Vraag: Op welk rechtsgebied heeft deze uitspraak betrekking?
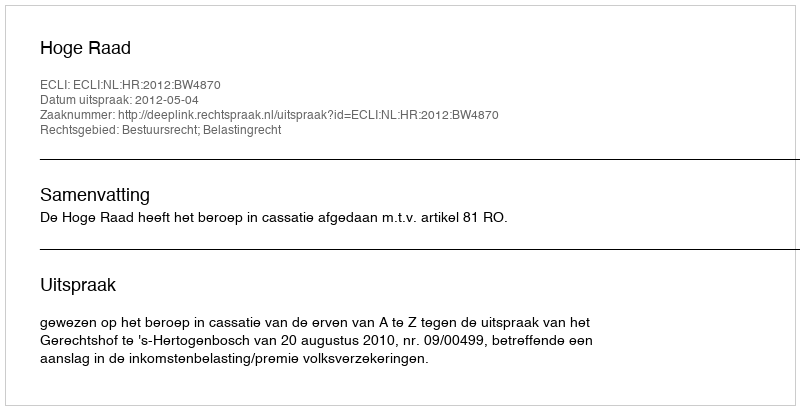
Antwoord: Bestuursrecht; Belastingrecht